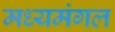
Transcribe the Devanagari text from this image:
मध्यमंगल